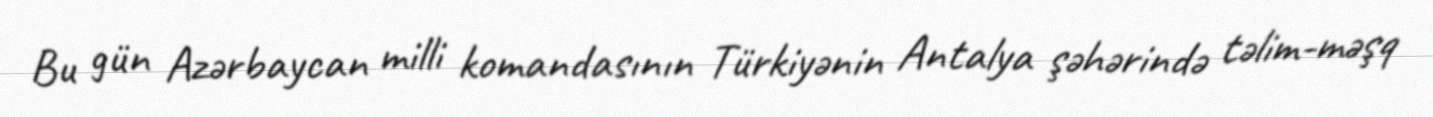
Bu gün Azərbaycan milli komandasının Türkiyənin Antalya şəhərində təlim-məşq